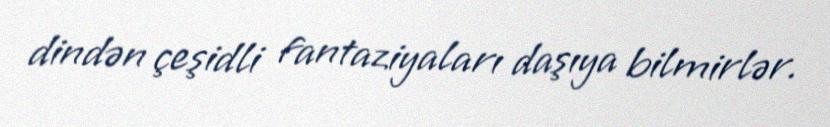
dindən çeşidli fantaziyaları daşıya bilmirlər.